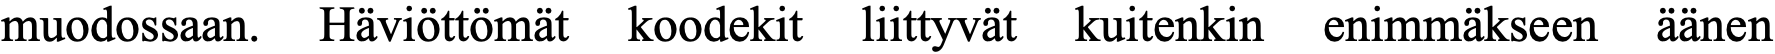
muodossaan. Häviöttömät koodekit liittyvät kuitenkin enimmäkseen äänen